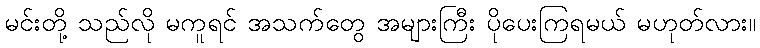
မင်းတို့ သည်လို မကူရင် အသက်တွေ အများကြီး ပိုပေးကြရမယ် မဟုတ်လား။